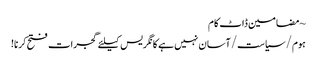
~ مضامین ڈاٹ کام
ہوم/سیاست/آسان نہیں ہے کانگریس کیلئے گجرات فتح کرنا!